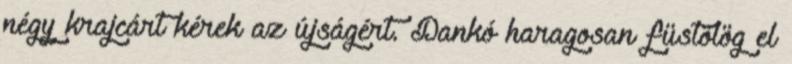
négy krajcárt kérek az újságért. Dankó haragosan füstölög el